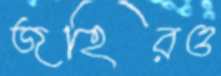
জহিরও